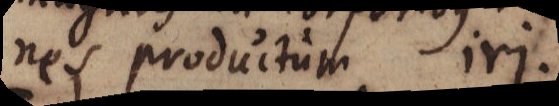
nes productum iri.